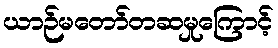
ယာဉ်မတော်တဆမှုကြောင့်